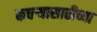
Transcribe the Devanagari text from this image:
कचऱ्यासाठीच्या